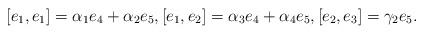
LaTeX: \begin{align*} [e_1, e_1]=\alpha_1e_4+\alpha_2e_5, [e_1, e_2]=\alpha_3e_4+ \alpha_4e_5, [e_2, e_3]=\gamma_2e_5.\end{align*}